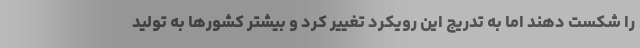
را شکست دهند اما به تدریج این رویکرد تغییر کرد و بیشتر کشورها به تولید